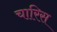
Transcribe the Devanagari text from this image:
चारिस